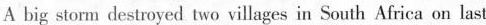
A big storm destroyed two villages in South Africa on last